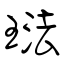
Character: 琺